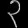
Digit: ၃